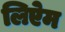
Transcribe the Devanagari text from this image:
लिऐम